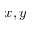
x , y